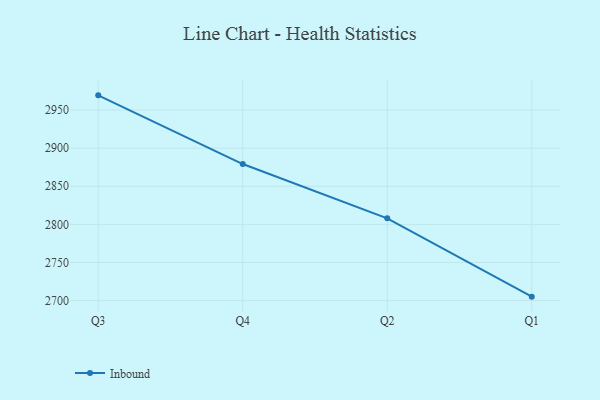
{"axis": {"x": "Quarter", "y": "Energy Usage (MWh)"}, "legend": ["Inbound"], "data": [{"x": "Q3", "y": 2969.3, "type": "Inbound"}, {"x": "Q4", "y": 2879.2, "type": "Inbound"}, {"x": "Q2", "y": 2807.9, "type": "Inbound"}, {"x": "Q1", "y": 2705.2, "type": "Inbound"}]}